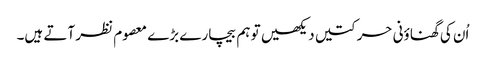
اُن کی گھناؤنی حرکتیں دیکھیں تو ہم بیچارے بڑے معصوم نظر آتے ہیں۔